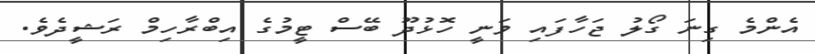
އެންމެ ގިނަ ގޯލު ޖަހާފައި ވަނީ ހޮޅުދޫ ބޭސް ޓީމުގެ އިބްރާހިމް ރަޝީދެވެ.